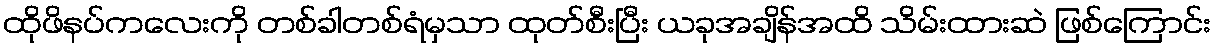
ထိုဖိနပ်ကလေးကို တစ်ခါတစ်ရံမှသာ ထုတ်စီးပြီး ယခုအချိန်အထိ သိမ်းထားဆဲ ဖြစ်ကြောင်း